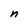
Character: n